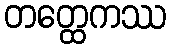
တတ္ထေကဿ